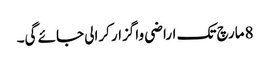
8مارچ تک اراضی واگزار کرالی جائے گی۔